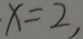
x = 2 ,